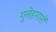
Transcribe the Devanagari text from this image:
गुनेहगारों